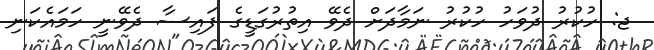
ޖ: ހުކުރު ދުވަހު ހުކުރު ނަމާދަށް ދެވޭ އިތުރުގަޑީގެ ފައިސާ ދެވޭނީ ހަމައެކަނި